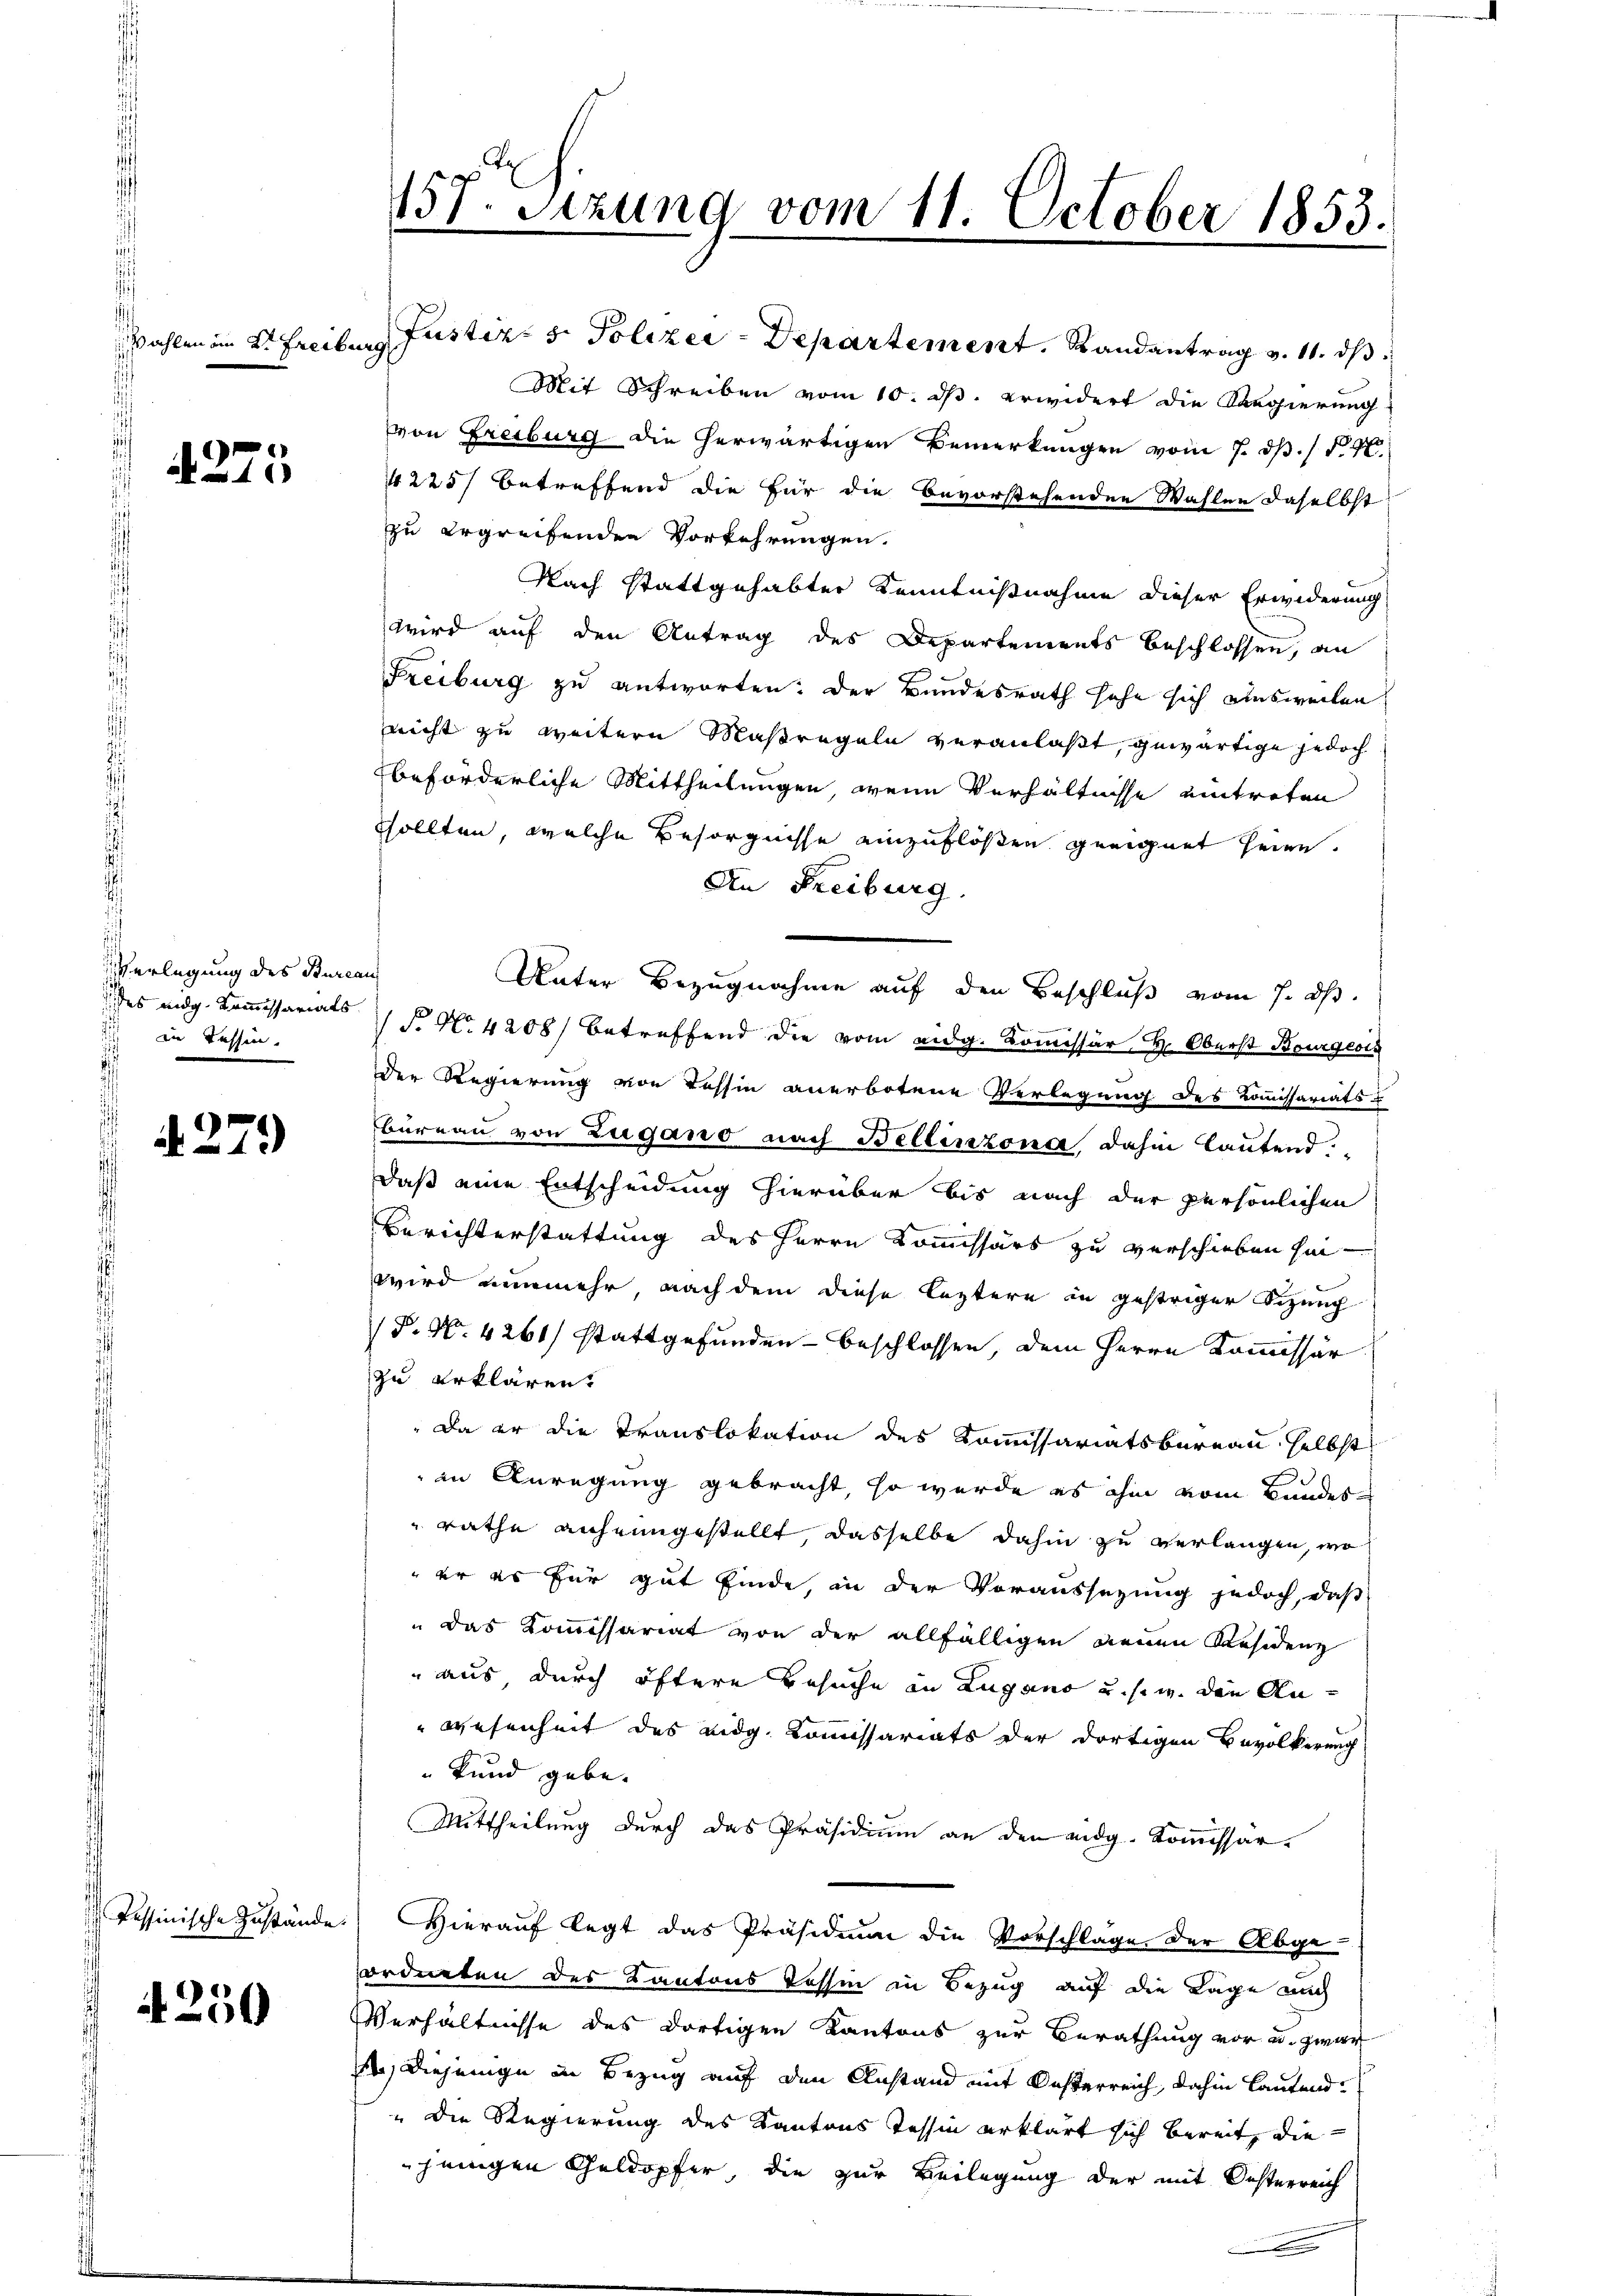
Wahlen im Dr. Freiburg

. 375.

Verlegung des Bureau
in Tessin.

A. 279)

Tessinische Zustände

4250

157. Sezung vom 11. October 1853.

Justiz- & Polizei-Departement. Landantrag v. 11. ds.
Mit Schreiben vom 10. ds. erwidert die Regierung
von Freiburg die herwärtigen Bemerkungen vom 7. dß. / P. M.
4225 betreffend die für die Bevorstehenden Wahlen daselbst
zu ergreifenden Vorkehrungen.
Nach stattgehabter Kenntnißnahme dieser Erwiderung
wird auf den Antrag des Departements beschlossen, an
Freiburg zu antworten: Der Bundesrath sehe sich ausweilen,
nicht zu weitern Maßregeln veranlaßt, gewärtige jedoch
beförderliche Mittheilungen, wenn Verhältnisse eintreten
Sollten, welche Besorgnisse einzuflösen geeignet seine.
An Freiburg.
Unter Bezugnahme auf den Beschluß vom 7. dh.
des eidg. Kommissariats S. Nr. 4208) betreffend die vom eidg. Kommissär H. Oberst Bourgeris
Der Regierung von Tessin anerbotene Verlegung des Kommissariats-
bureau von Zugano nach Bellinzona, dahin lautend.
daß eine Entscheidung hierüber bis nach der persönlichen
Berichterstattung des Herrn Kommissärs zu verschieben seiwird nunmehr, nach dem diese leztere in gestriger Sizung
(P. N. 4261) stattgefunden - beschlossen, dem Herrn Kommissär
zu erklären.
 Da er die Translokation des Kommissariatsbureau, selbst
 in Anregung gebracht, so würde es ihm vom Bundes
 rathe anheimgestellt, dasselbe dahin zu verlangen, wo
 er es für gut finde, in der Voraussezung jedoch, daß
das Kommissariat von der allfälligen neuen Residenz
aus, durch öftere Besuche in Lugano u. s. w. den Anwesenheit des eidg. Kommissariats der dortigen Bevölkerung
kund gebe.
Mittheilung durch das Präsidium an den eidg. Kommissär¬
 Hierauf legt das Präsidium die Vorschläge der Abge-
ordneten des Kantons Tessin in Bezug auf die Lage auch
Verhältnisse des dortigen Kantons zur Berathung vor u. zwar
) Diejenige in Bezug auf den Anstand mit Oesterreich, dahin lautend¬
"Die Regierung des Kantons Tessin erklärt sich bereit, die
jenigen Geldopfer, die zur Beilegung der mit Oesterreich
.